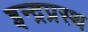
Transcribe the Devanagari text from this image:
इन्‍द्रप्रस्‍थ